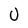
Character: U